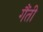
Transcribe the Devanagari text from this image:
गैंती